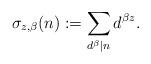
LaTeX: \begin{align*}\sigma_{z,\beta}(n) := \sum\limits_{{d^\beta }|n} {{d^{\beta z}}}. \end{align*}